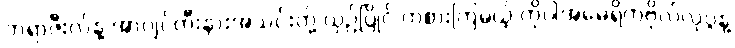
ဘရာဇီးလ်နဲ့ အာဂျင်တီးနားအသင်းတို့ ယှဉ်ပြိုင် ကစားကြမယ့် ကိုပါအမေရိကဗိုလ်လုပွဲနဲ့